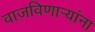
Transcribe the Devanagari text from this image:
वाजविणार्‍यांना